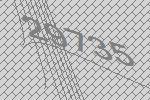
29735